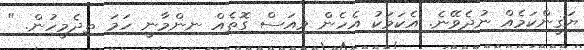
ޔަޤީންކަމެއް ނުދެވޭނެ. އެކަމަކު އެހެން ވިއަސް ގޮތެއް ނިންމާނީ ހަމަ ތިދެމީހުން. "